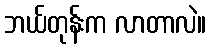
ဘယ်တုန်းက လာတာလဲ။